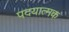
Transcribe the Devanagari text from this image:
पदयात्मक